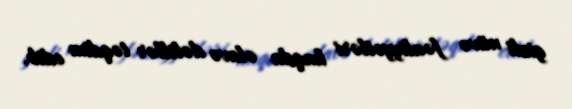
gizli nüvə fəaliyyətləri haqda əlavə dəlillər təqdim edib.